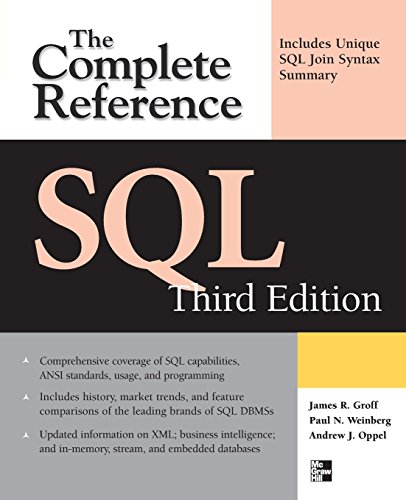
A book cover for SQL: The Complete Reference, 3rd Edition; James R. Groff; Computers & Technology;